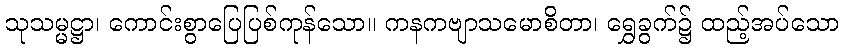
သုသမ္မဋ္ဌာ၊ ကောင်းစွာပြေပြစ်ကုန်သော။ ကနကဗျာသမောစိတာ၊ ရွှေခွက်၌ ထည့်အပ်သော